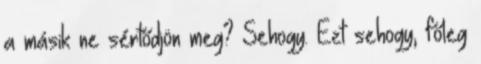
a másik ne sértődjön meg? Sehogy. Ezt sehogy, főleg